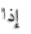
إذا